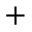
^ { + }